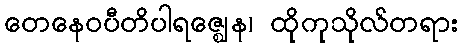
တေနေဝပီတိပါရဇ္ဈေန၊ ထိုကုသိုလ်တရား